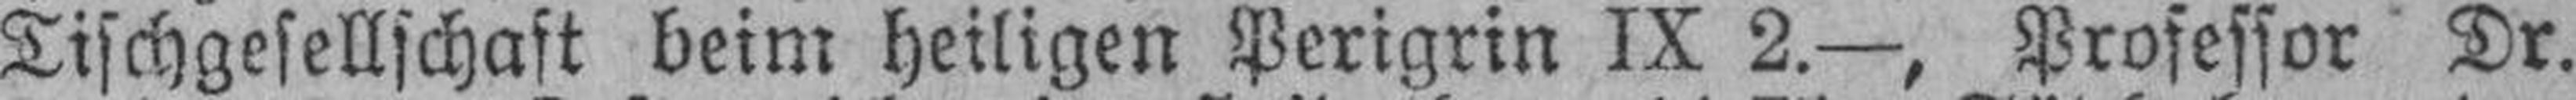
Tischgesellschaft beim heiligen Perigrin IX 2.—, Professor Dr.